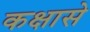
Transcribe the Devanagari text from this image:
कक्षासे